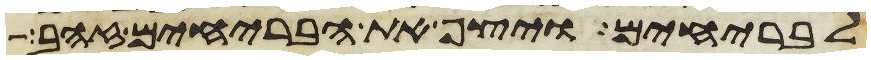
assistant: לבריחים ויצף את הבריחים זהב